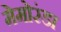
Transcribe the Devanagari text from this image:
मेमोरंडा